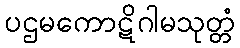
ပဌမကောဋိဂါမသုတ္တံ